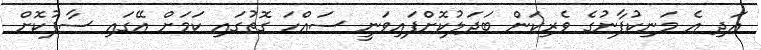
އަދި އެ މަނިކުފާނުގެ ވެރިކަން ބަދަލުކޮށްފައިވަނީ ސައްހަ ގޮތުގައި ކަމަށް އޭގައި ސާފުކޮށް